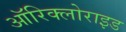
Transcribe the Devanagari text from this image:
ऑरिक्लोराइड